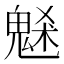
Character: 𩳘